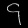
Digit: ၄